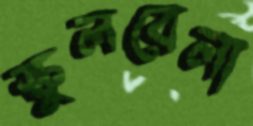
স্কুলবেলা